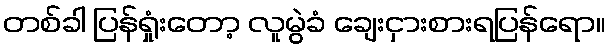
တစ်ခါ ပြန်ရှုံးတော့ လူမွဲခံ ချေးငှားစားရပြန်ရော။